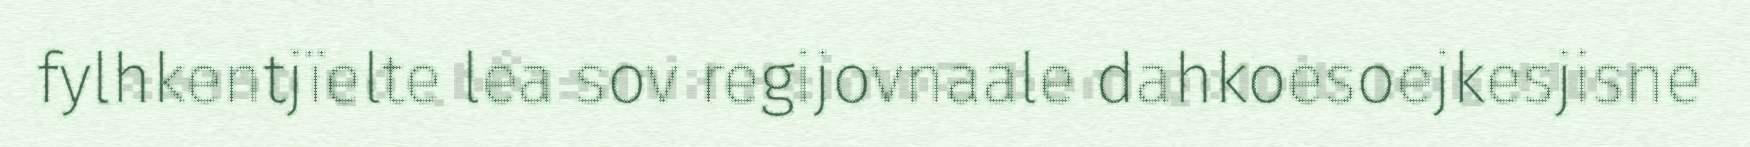
fylhkentjïelte lea sov regijovnaale dahkoesoejkesjisne